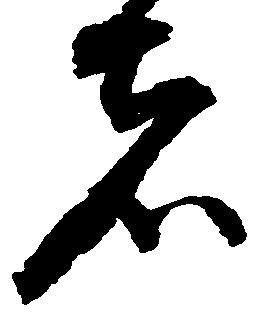
者